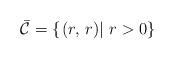
LaTeX: \begin{align*}\mathcal{\bar{C}}=\left\{ \left.\left(r,\,r\right)\right|\,r>0\right\} \end{align*}